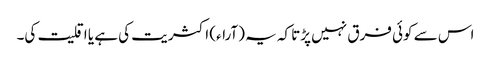
اس سے کوئی فرق نہیں پڑتا کہ یہ (آراء) اکثریت کی ہے یا اقلیت کی۔